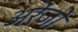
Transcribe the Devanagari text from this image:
अरेंजो